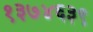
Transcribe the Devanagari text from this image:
१३७४६३९